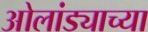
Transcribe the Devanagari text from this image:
ओलांड्याच्या